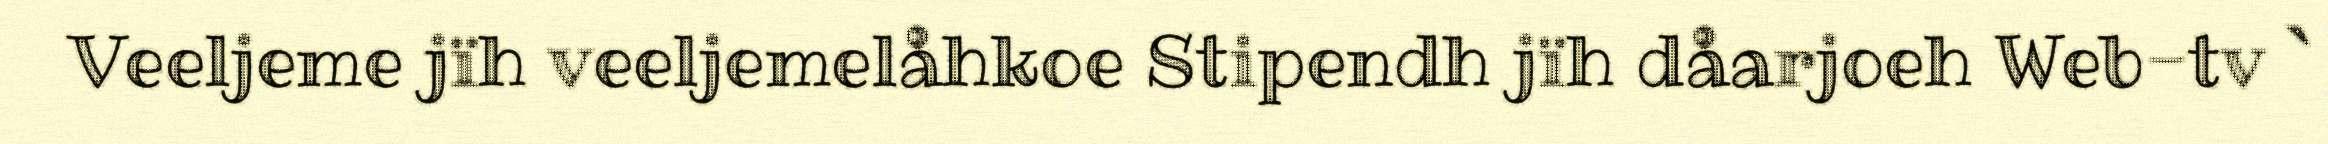
Veeljeme jïh veeljemelåhkoe Stipendh jïh dåarjoeh Web-tv `